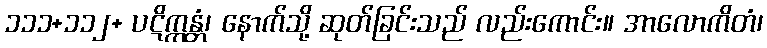
၁၁၁+၁၁၂+ ပဋိက္ကန္တံ၊ နောက်သို့ ဆုတ်ခြင်းသည် လည်းကောင်း။ အာလောကိတံ၊